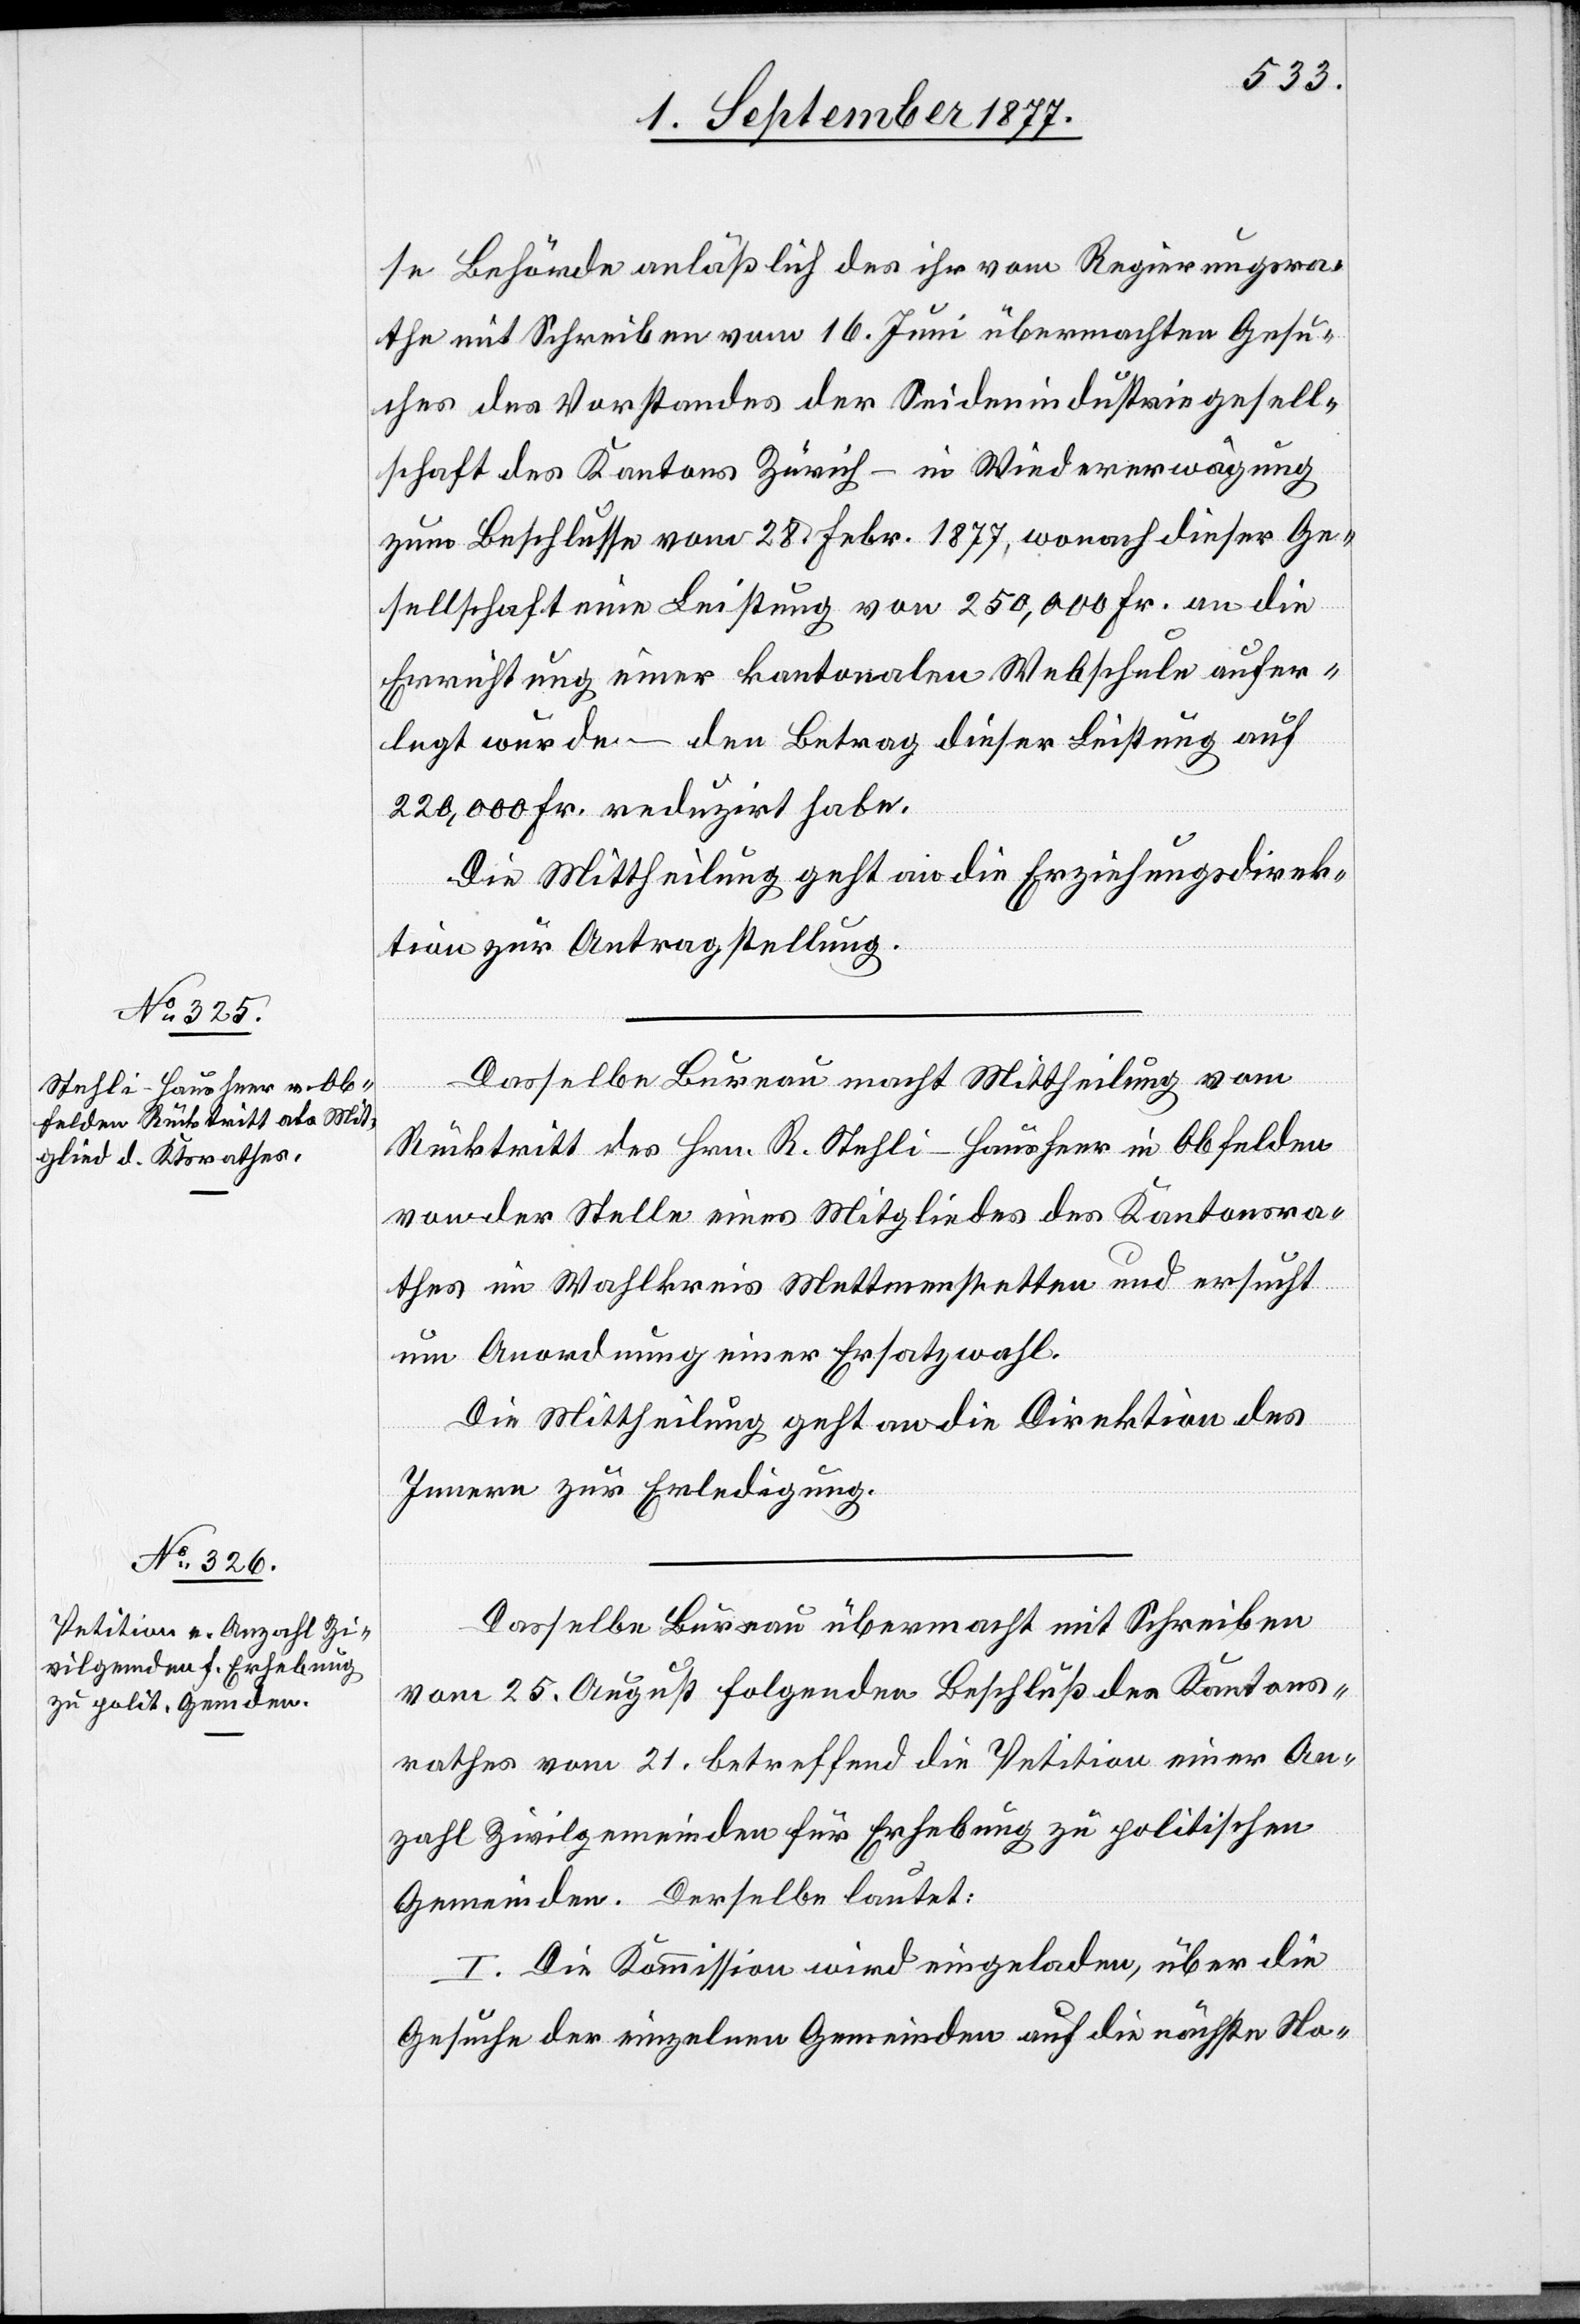
se Behörde anläßlich des ihr vom Regierungsra¬
the mit Schreiben vom 16. Juni übermachten Gesu¬
ches des Vorstandes der Seidenindustriegesell¬
schaft des Kantons Zürich – in Wiedererwägung
zum Beschlusse vom 28. Febr. 1877, wonach dieser Ge¬
sellschaft eine Leistung von 250,000 Fr. an die
Errichtung einer kantonalen Webschule aufer¬
legt wurde – den Betrag dieser Leistung auf
220,000 Fr. reduzirt habe.
Die Mittheilung geht an die Erziehungsdirek¬
tion zur Antragstellung.
Dasselbe Bureau macht Mittheilung vom
Rücktritt des Hrn. R. Stehli-Hausheer in Obfelden
von der Stelle eines Mitgliedes des Kantonsra¬
thes im Wahlkreis Mettmenstetten und ersucht
um Anordnung einer Ersatzwahl.
Die Mittheilung geht an die Direktion des
Innern zur Erledigung.
Dasselbe Bureau übermacht mit Schreiben
vom 25. August folgenden Beschluß des Kantons¬
rathes vom 21. betreffend die Petition einer An¬
zahl Zivilgemeinden für Erhebung zu politischen
Gemeinden. Derselbe lautet:
I. Die Kommission wird eingeladen, über die
Gesuche der einzelnen Gemeinden auf die nächste No-